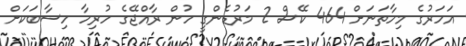
އަހަރުގެ މިހާތަނަށް 464 ކޭސް 2 މަރުޑެންގީ ހުން ރާއްޖޭގެ ހުރިހާ ހިސާބަކަށް